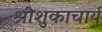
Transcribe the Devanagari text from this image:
श्रीशुकाचार्य